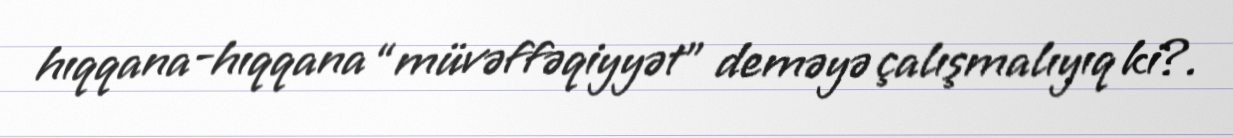
hıqqana-hıqqana “müvəffəqiyyət” deməyə çalışmalıyıq ki?.